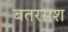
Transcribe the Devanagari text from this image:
बतरसश